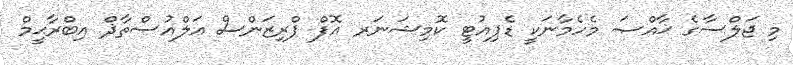
މި ޖަލްސާގެ ޚާއްޞަ މެހެމާނަކީ ޑެޕިއުޓީ ކޮމިޝަނަރ އޮފް ޕްރިޒަންސް އަލްއުސްތާޛް އިބްރާޙީމް